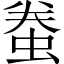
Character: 䖭